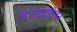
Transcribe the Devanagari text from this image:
डिनाइट्रोजन